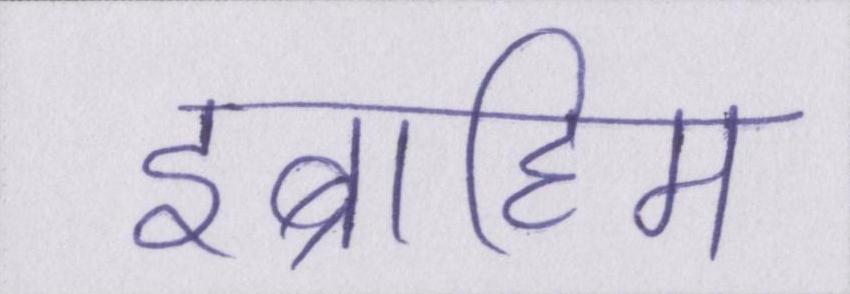
इब्राहिम